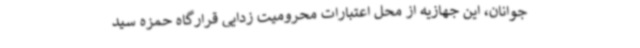
جوانان، این جهازیه از محل اعتبارات محرومیت زدایی قرارگاه حمزه سید